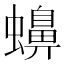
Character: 𧓧